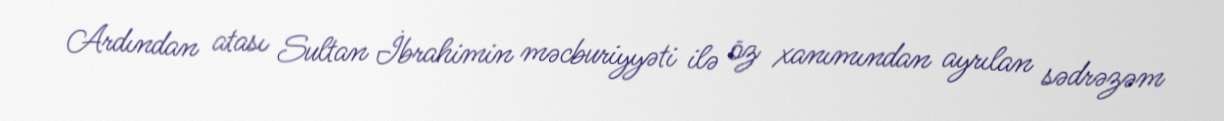
Ardından atası Sultan İbrahimin məcburiyyəti ilə öz xanımından ayrılan sədrəzəm